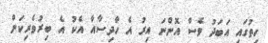
ހިތުގައި އަބަދު ވެސް އޮންނަ އިރު އެ ހާދިސާއާ އެކު އެ ބިރުވެރިކަން